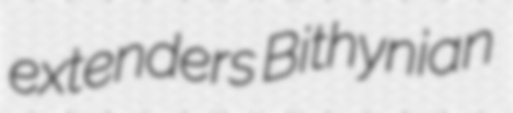
extenders Bithynian